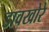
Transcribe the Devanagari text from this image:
डावखोरे